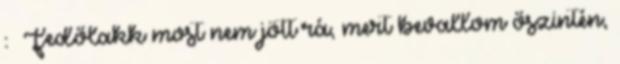
: Fedőlakk most nem jött rá, mert bevallom őszintén,